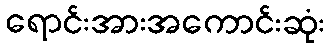
ရောင်းအားအကောင်းဆုံး